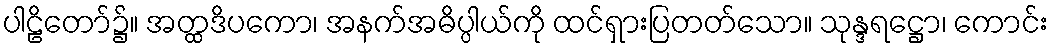
ပါဠိတော်၌။ အတ္ထဒိပကော၊ အနက်အဓိပ္ပါယ်ကို ထင်ရှားပြတတ်သော။ သုန္ဒရဋ္ဌော၊ ကောင်း